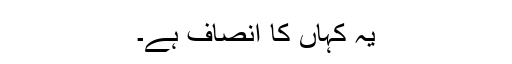
یہ کہاں کا انصاف ہے۔